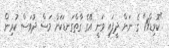
"ކޮވިޑް19" ގެ ނަން ދީފައި ވަނީ އޭގެ ގާތްގަނޑަކަށް މަސް ދުވަސް ކުރިން